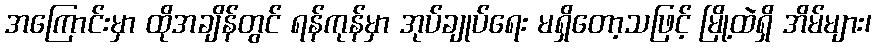
အကြောင်းမှာ ထိုအချိန်တွင် ရန်ကုန်မှာ အုပ်ချုပ်ရေး မရှိတော့သဖြင့် မြို့ထဲရှိ အိမ်များ၊